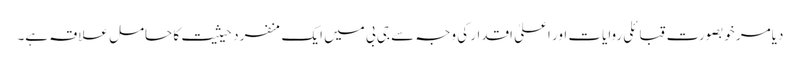
دیامر خوبصورت قبائلی روایات اور اعلیٰ اقدار کی وجہ سے جی بی میں ایک منفرد حیثیت کا حامل علاقہ ہے۔